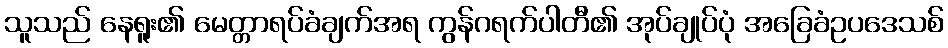
သူသည် နေရူး၏ မေတ္တာရပ်ခံချက်အရ ကွန်ဂရက်ပါတီ၏ အုပ်ချုပ်ပုံ အခြေခံဥပဒေသစ်